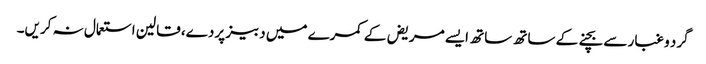
گرد و غبار سے بچنے کے ساتھ ساتھ ایسے مریض‌ کے کمرے میں دبیز پردے، قالین استعمال نہ کریں۔